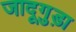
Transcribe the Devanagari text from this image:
जादूगुड़ा